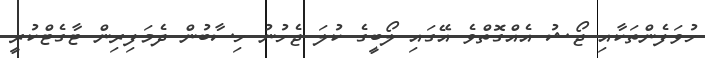
ހުވަފެންތަކާއި ޖޯޝު އެއްގޮތްވެ އޭގައި ލޯބީގެ ކުލަ ޖެހުނު ހިސާބުން ދެމަފިރިން ޓާގެޓްކުރީ